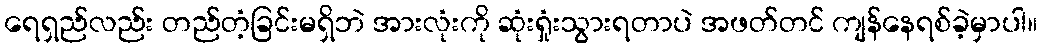
ရေရှည်လည်း တည်တံ့ခြင်းမရှိဘဲ အားလုံးကို ဆုံးရှုံးသွားရတာပဲ အဖတ်တင် ကျန်နေရစ်ခဲ့မှာပါ။